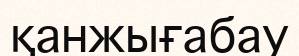
қанжығабау